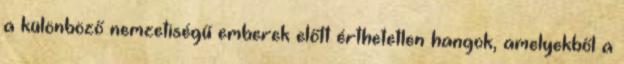
a különböző nemzetiségű emberek előtt érthetetlen hangok, amelyekből a